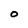
Character: O